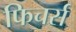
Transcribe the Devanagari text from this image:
फिचर्स